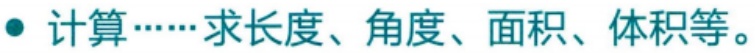
• 计算……求长度、角度、面积、体积等。